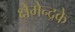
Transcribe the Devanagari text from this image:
क्षेमेन्द्रके